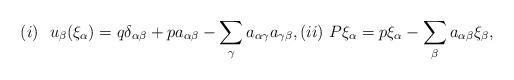
LaTeX: \begin{align*} (i) \ \ u_{\beta}(\xi _{\alpha})=q\delta_{\alpha \beta}+pa_{\alpha\beta}-\sum_{\gamma }a_{\alpha \gamma }a_{\gamma \beta}, (ii) \ P\xi _{\alpha}=p\xi _{\alpha}-\sum_{\beta}a_{\alpha\beta}\xi _{\beta},\end{align*}